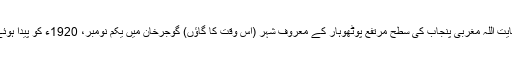
عنایت اللہ مغربی پنجاب کی سطح مرتفع پوٹھوہار کے معروف شہر (اس وقت کا گاؤں) گوجرخان میں یکم نومبر، 1920ء کو پیدا ہوئے۔